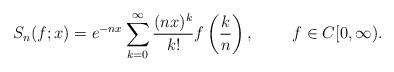
LaTeX: \begin{align*} S_n(f;x)=e^{-nx}\sum_{k=0}^\infty \frac{(nx)^k}{k!} f\left(\frac{k}{n}\right),~~~~~~~f \in C[0,\infty).\end{align*}